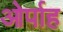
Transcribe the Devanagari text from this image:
ओर्पाह